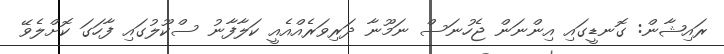
ރައިޝާން: ގޮނޑީގައި އިންނަން ޖެހުނަސް ނަމޫނާ ދަރިވަރެއްއެއީ ކަލާފާނު ސްކޫލުގައި ފާހަގަ ކޮށްލެވޭ